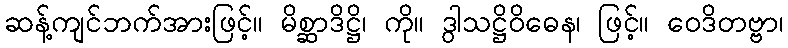
ဆန့်ကျင်ဘက်အားဖြင့်။ မိစ္ဆာဒိဋ္ဌိ၊ ကို။ ဒွါသဋ္ဌိဝိဓေန၊ ဖြင့်။ ဝေဒိတဗ္ဗာ၊